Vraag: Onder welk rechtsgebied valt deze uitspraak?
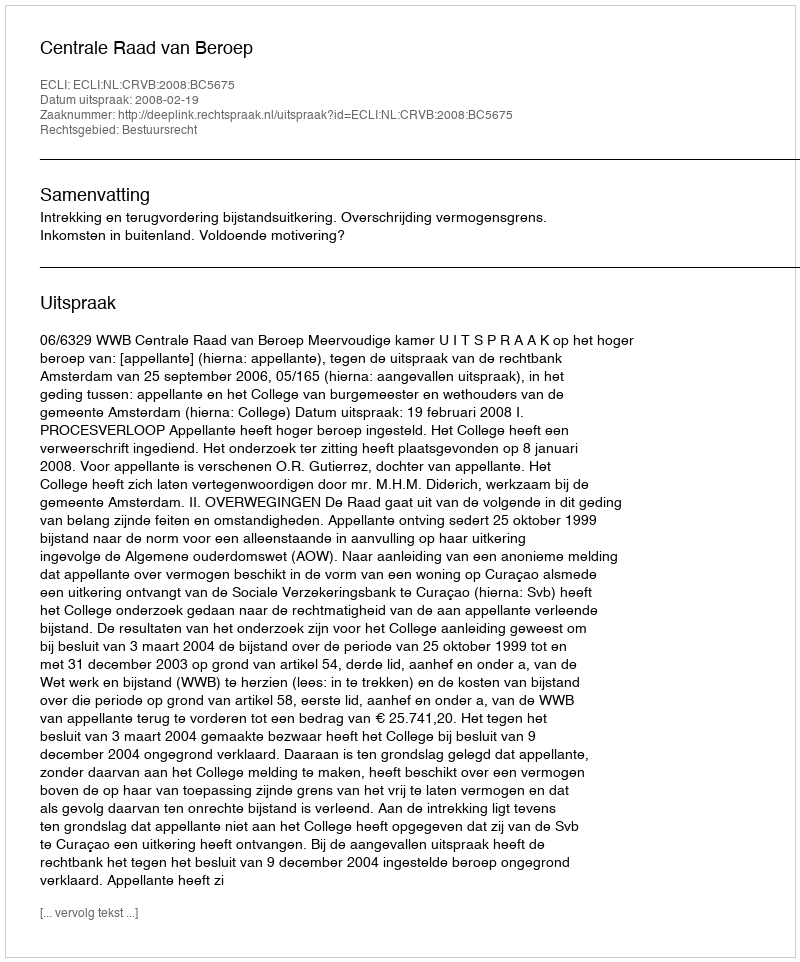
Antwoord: Bestuursrecht